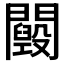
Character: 𨷕